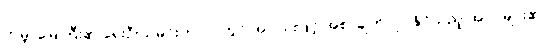
ကမ္ဘာမြေကြီး၏ ရှေးဦးသမိုင်းကာလတွင် အလင်းဖြင့် အစာချက်လုပ်နိုင်သည့် အပင်များ၏